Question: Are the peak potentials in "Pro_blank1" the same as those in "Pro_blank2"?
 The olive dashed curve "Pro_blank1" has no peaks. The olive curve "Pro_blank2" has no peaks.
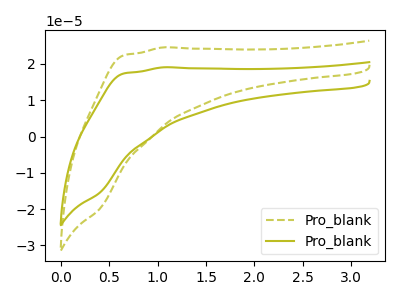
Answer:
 <answer>Niether CV has any peaks.</answer>
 <eval>blanks</eval>